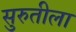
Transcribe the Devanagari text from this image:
सुरुतीला